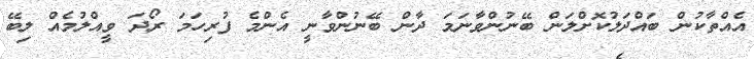
އެއްތާކުން ބައްދަލުކޮށްލަން ބޭނުންވާނަމަ ދާން ބޭނުންވާނީ އެންމެ ފުރިހަމަ ރޯދަ ވީއްލުމެއް ލިބޭ